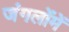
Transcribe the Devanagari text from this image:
जंगलोंमें